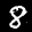
Label: 8